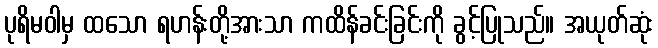
ပုရိမဝါမှ ထသော ရဟန်းတို့အားသာ ကထိန်ခင်းခြင်းကို ခွင့်ပြုသည်။ အယုတ်ဆုံး